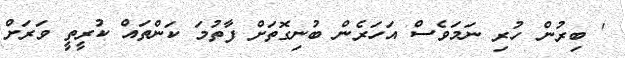
' ބިރުން ހުރި ނަމަވެސް އަހަރެން ބުނިގޮތަށް ފާތުމަ ކަންތައް ކުރީތީ ވަރަށް